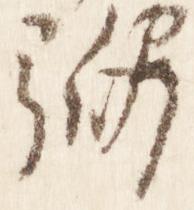
弼